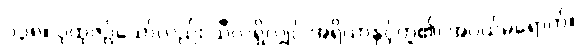
၁၃၈။ ပုထုဇဉ်သော်လည်း သီလရှိလျှင် အရိယာနှင့်တူ၏၊ အပယ်မရောက်။